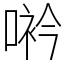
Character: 𠸐